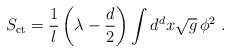
\begin{align*} S_{\mathrm{ct}} = \frac1l \left( \lambda -\frac{d}2 \right) \int d^dx \sqrt{g}\, \phi^2~.\end{align*}